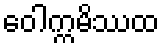
ဝေါက္ကမိဿထ